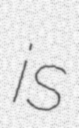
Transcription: is